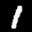
Label: 1